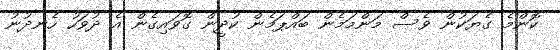
ކޮންމެ ގެޔަކުން ވެސް މަންމަމެން ބައްޕަމެން ކުދީން ގޮވައިގެން އެ ދުވަހު ހެނދުނު